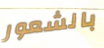
بالشعور